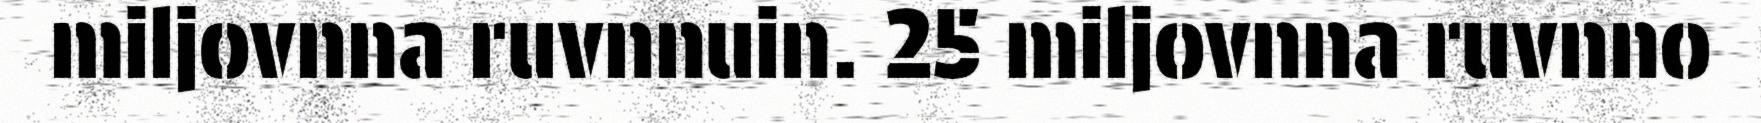
miljovnna ruvnnuin. 25 miljovnna ruvnno